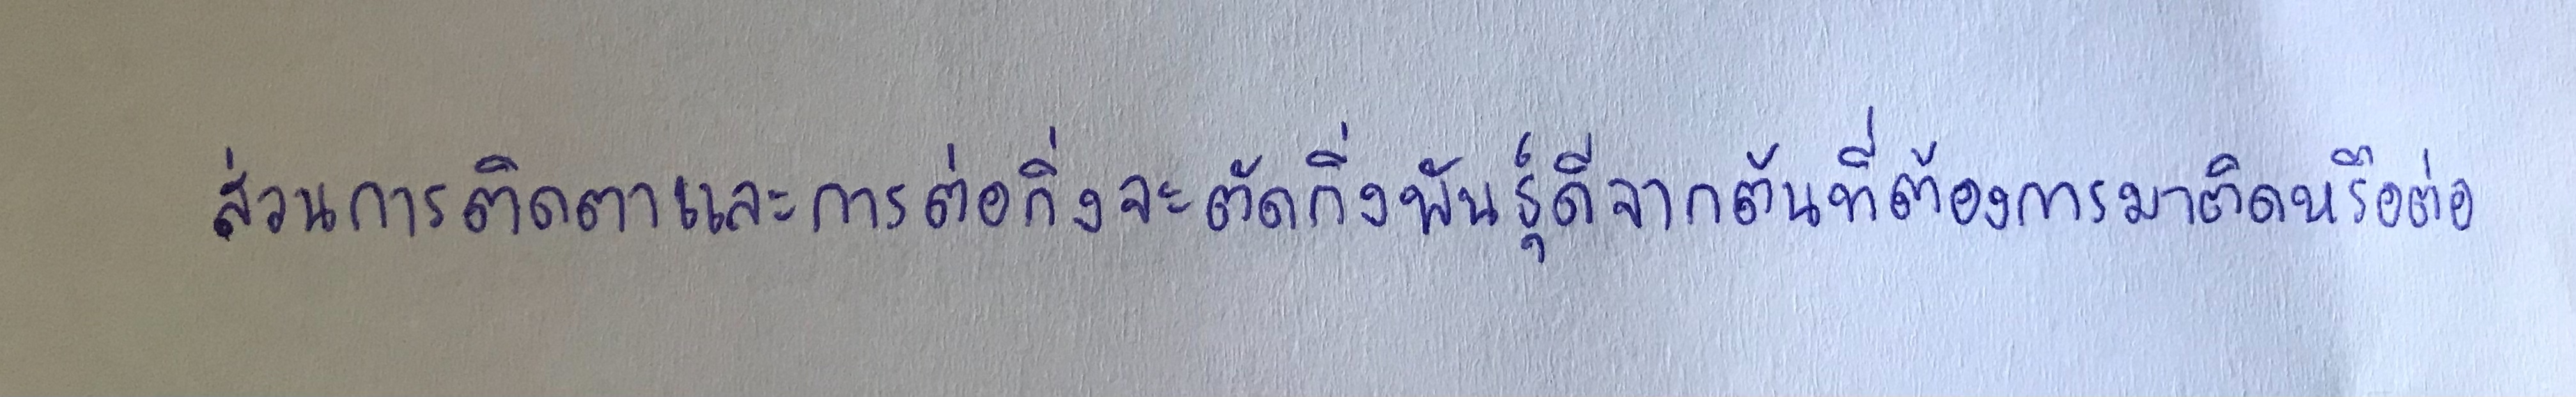
ส่วนการติดตาและการต่อกิ่งจะตัดกิ่งพันธุ์ดีจากต้นที่ต้องการมาติดหรือต่อ